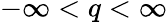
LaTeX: -\infty<q<\infty